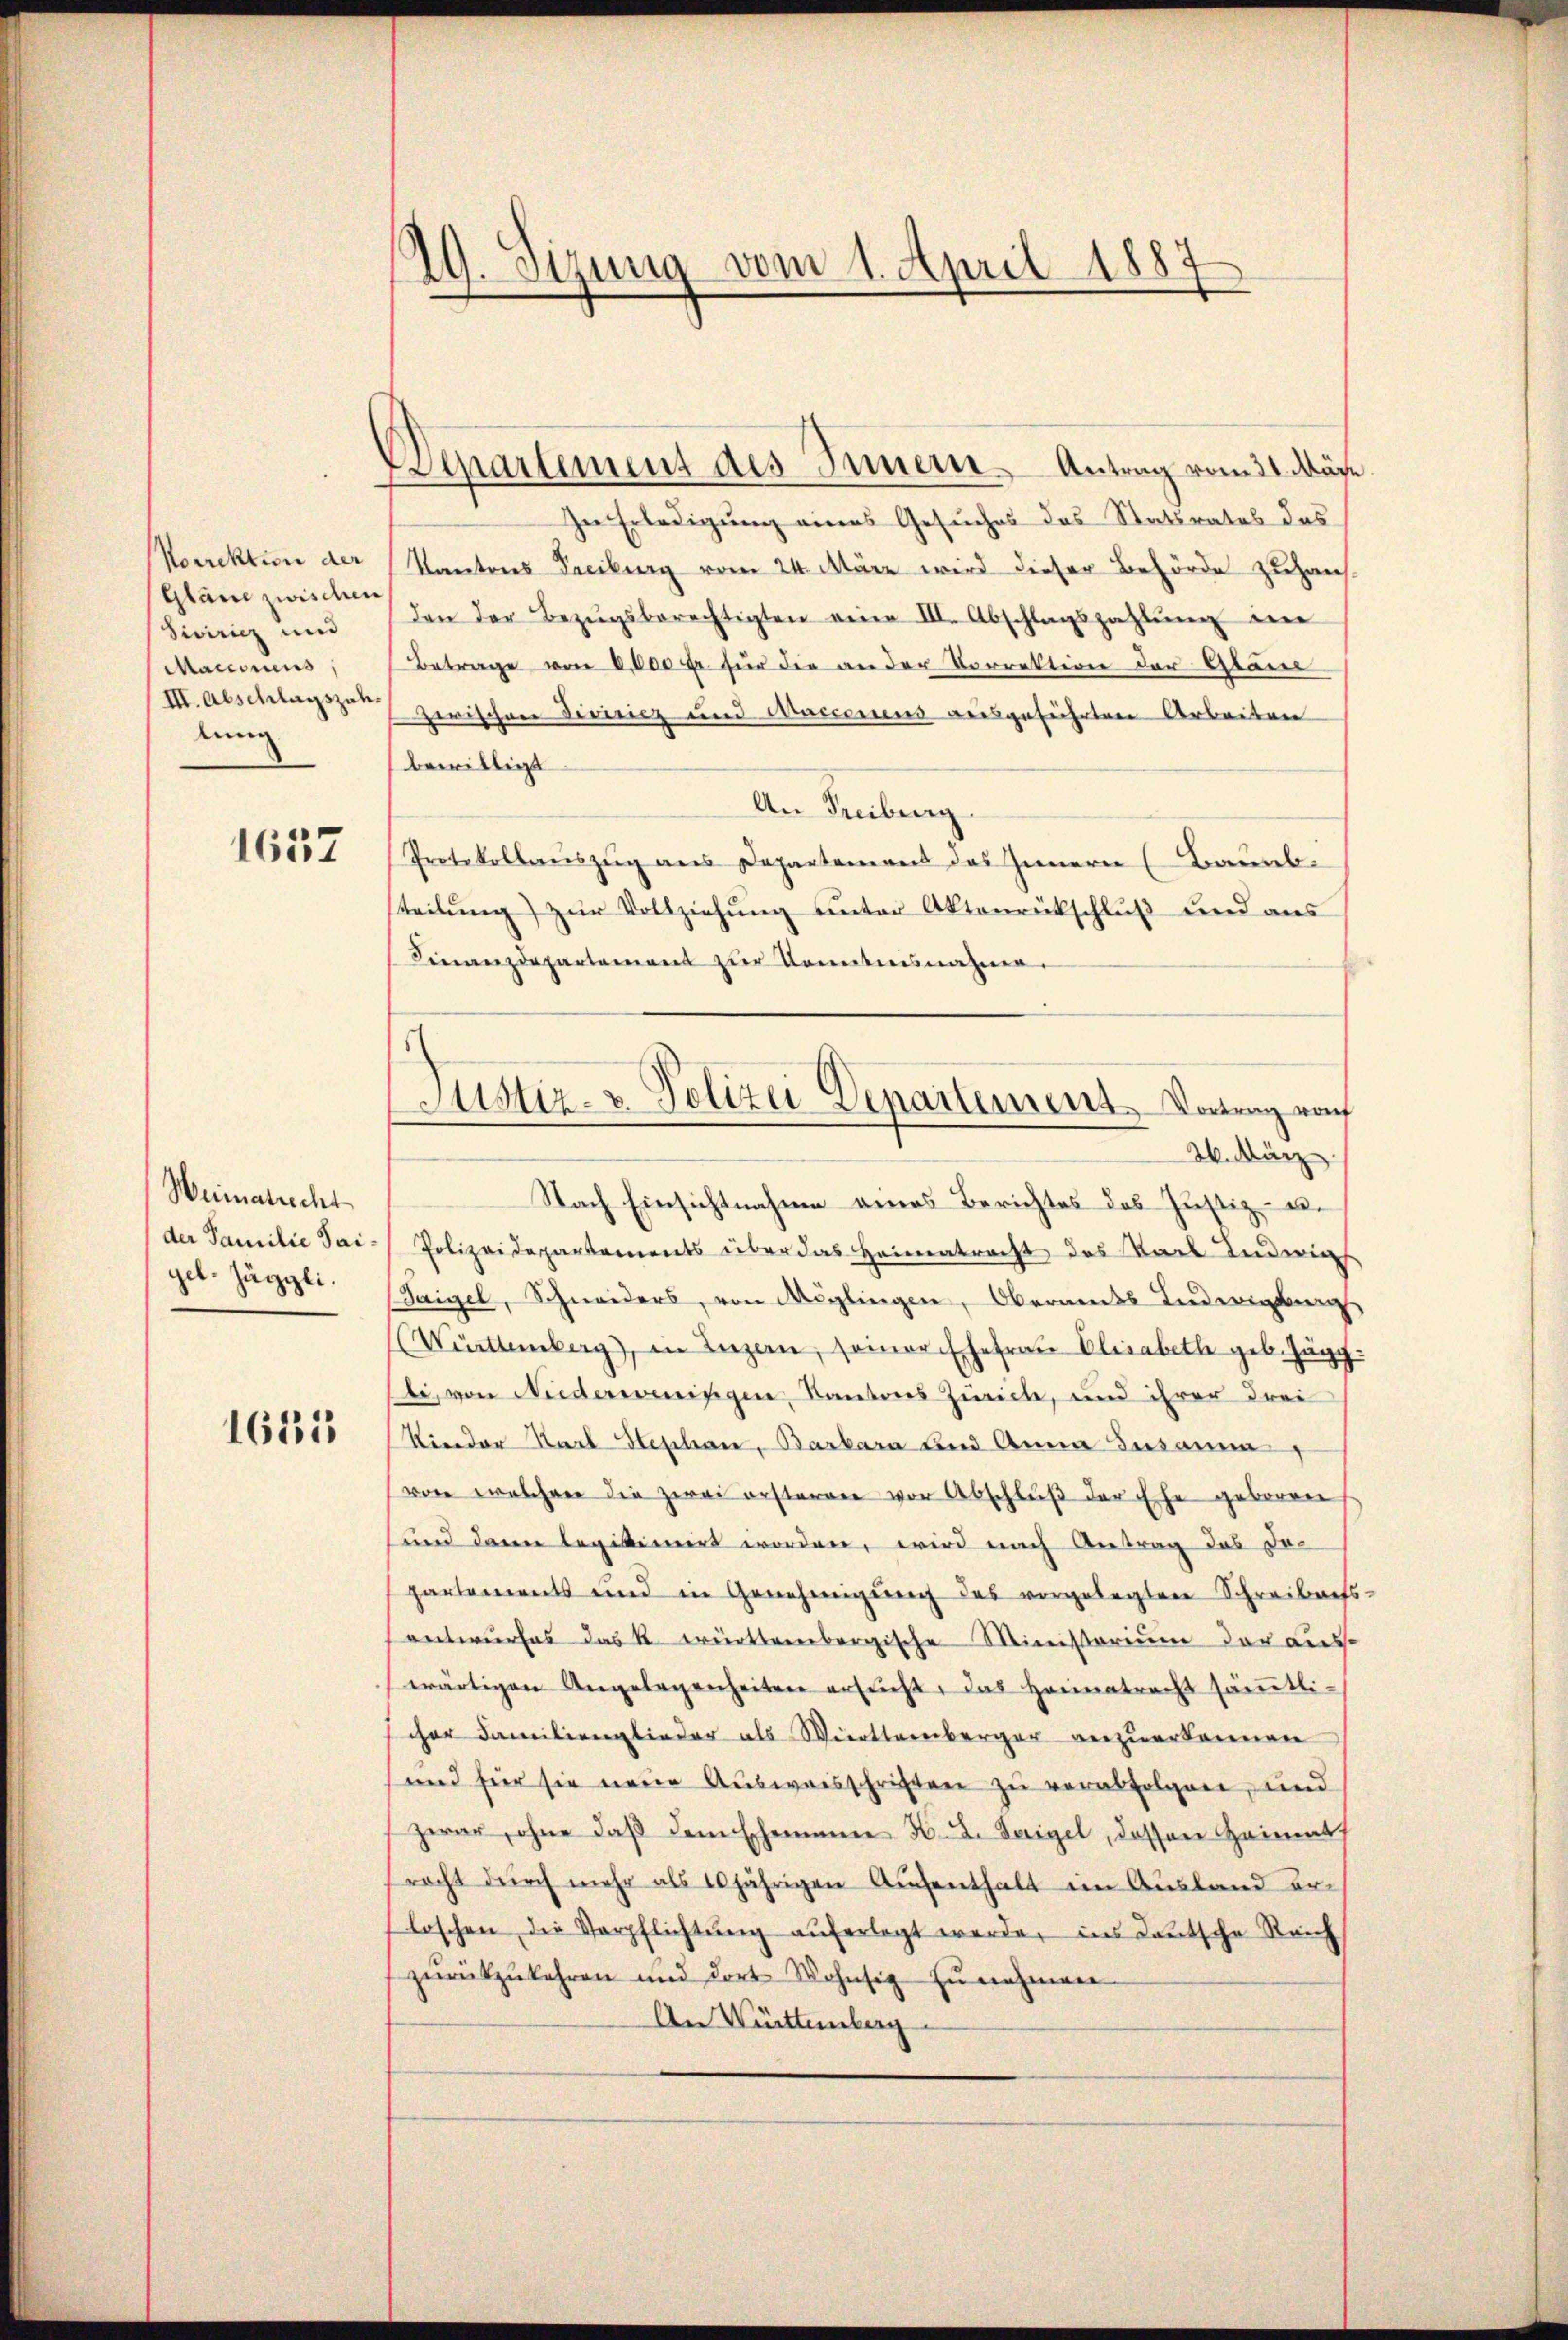
Korrektion der
Gläne zwischer
Siviricz und
Maconus
III. Abschlagszahlung.

1657

Weimatrecht
der Familie Saigeb. Jäggli.

1655

29. Setzung vom 1. April 1887
d

Departement des Innern Antrag vom 31. März
In Erledigung eines Gesuches des Statsrates das
Kantons Taciburg vom 24. März wird dieser Behörde zuhausden der Bezŭgsberechtigten eine III. Abschlagszahlŭng im
Betrage von 8,000 fr für die an der Vorrektion der Gläu
zerischen Divisiez und Marierens ausgeführten Arbeiten
bewilligt
An Freiburg
Protokollauszug aus Departemens des Innern (Bauab.
teilung) zur Vollziehung unter Aktenrückschluß und aus
Finanzdepartement zŭr Kenntnisnahme.
2. März
Nach Einsichtnahme eines Berichtes des Justiz- u.
Polizeidepartements über das Heimatracht des Karl Luderins
Taigel, Schweiders, von Möglingen, Oberamts Ledigung
(Württemberg), in Luzern, seiner Ehefrau Elisabethe geb. Jägg
ti, von Niderweningen, Kantons Zeich, und ihrer drei
Rieder Karl Stephan, Barbara und Anna Zusamm
von welchen die zwei ersteren vor Abschluß der Ehe geboren
und dann legitimirt worden, wird nach Antrag des Dopartements und in Genehmigung des vorgelegten Schreibens-
entwurfes das k. württembergische Ministerium der aus-
wärtigen Angelegenheiten ersucht, das Heimatracht säṁtli-
cher Familienglieder als Württemberger anzuerkennen
und für sie neue Ausweisschriften zu verabfolgen, und
zwar, ohne daβ dem Ehemann H. I. Seigel, dessen Heimat
racht dŭrch mehr als 10jährigen Aŭfenthalt im Ausland er-
loschen die Verpflichtŭng aŭferlegt werde, ins deŭtsche Reich
zŭrückzukehren und dort Wohnsit zŭ nehmen
An Württemberg

Justiz- & Polizei Departement Vortrag vom